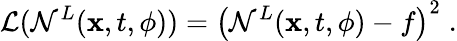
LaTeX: \mathcal{L}(\mathcal{N}^{L}({\mathbf x},t,{\mathbf\phi}))=\left(\mathcal{N}^{L}({\mathbf x},t,{\mathbf\phi})-f\right)^{2}\; .